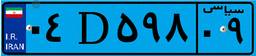
۰۴D۵۹۸۰۹